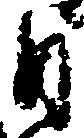
目